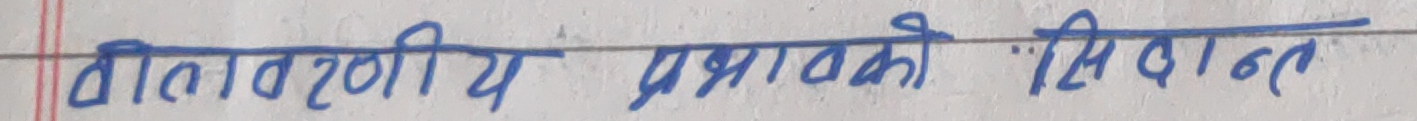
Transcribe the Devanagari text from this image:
वातावरणीय प्रभावको सिद्धान्त